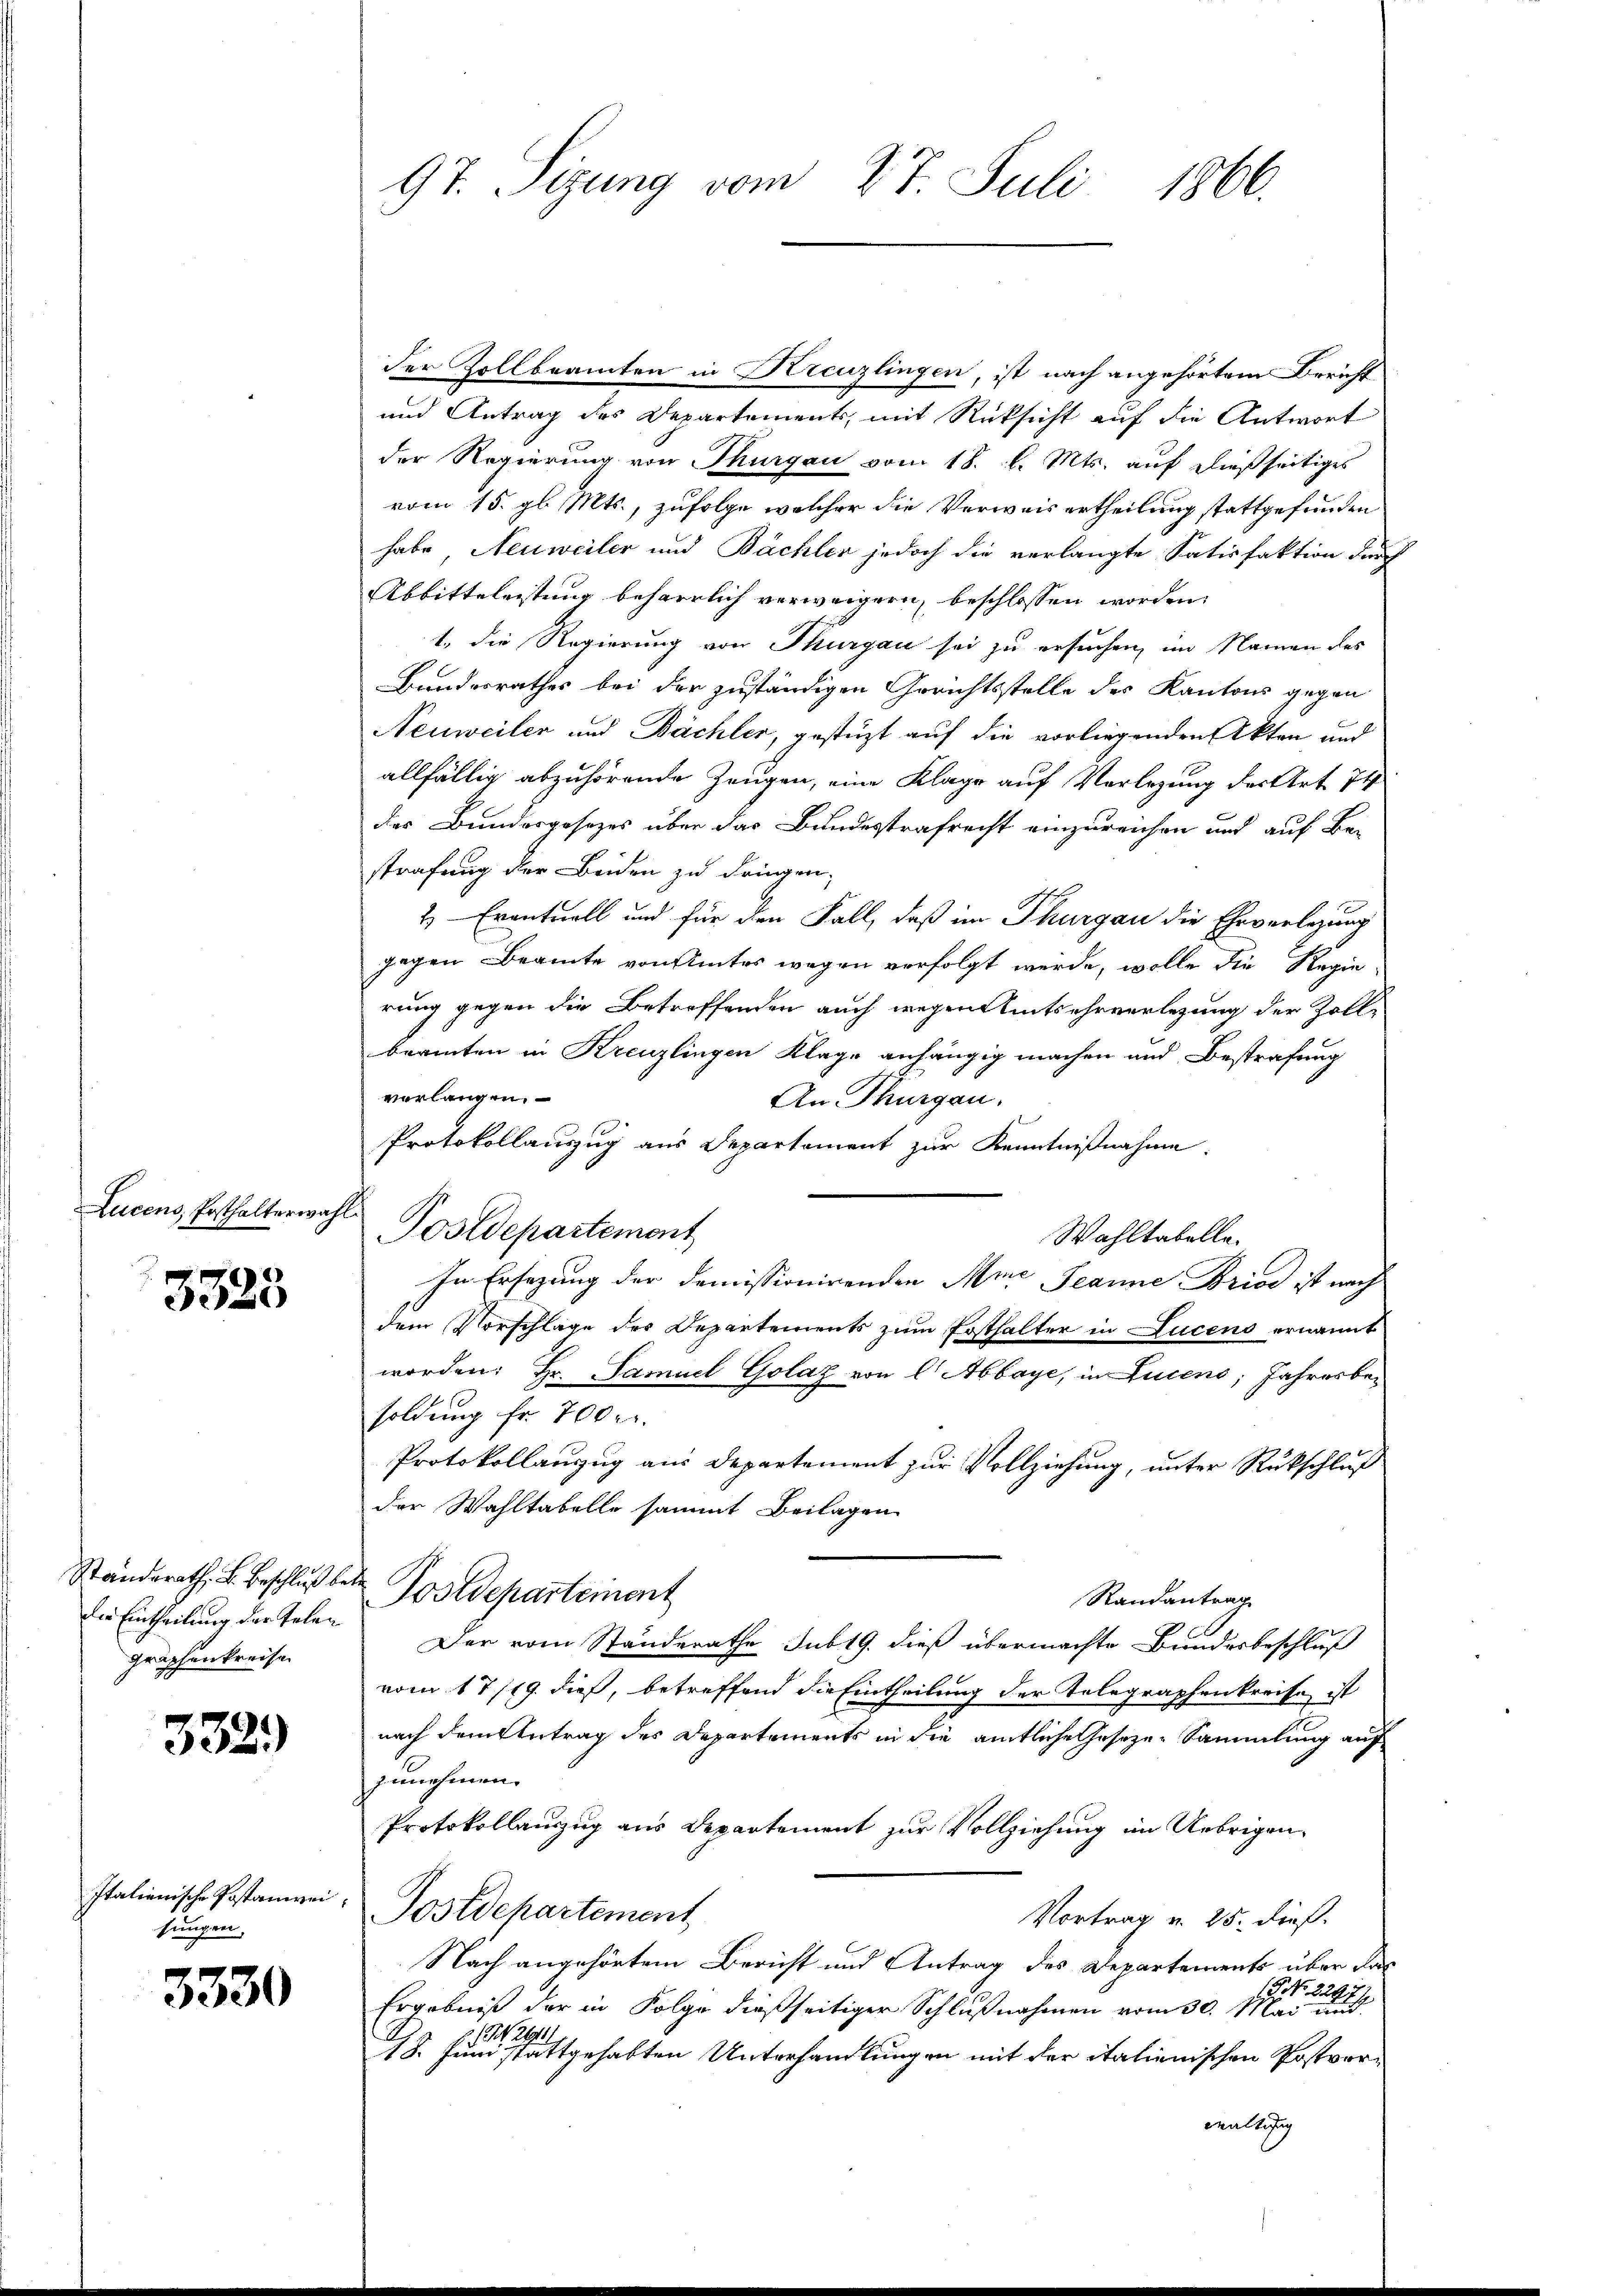
Lucens, Posthalterwahl

3328

Ständerath, B. Beschluß bedie Eintheilung der Telengraphenkreise

332)

Italienische Postanzeisungen.

3330

97. Sizung vom 27. Juli 1866.

der Zollbeamten in Kreuzlingen, ist nach angehörtem Bericht
und Antrag des Departements, mit Rücksicht auf die Antwort
der Regierung von Thurgau vom 18. l. Mts. auf dießseitiges
vom 15. gl. Mts., zufolge welcher die Verwais ertheilung stattgefunden
habe Neuweiler und Bächler jedoch die verlangte Satisfaktion der
Abbitteleistung beharrlich verweigern, beschlossen worden.
t. die Regierung von Thurgau sei zu ersuchen, im Namen des
Bundesrathes bei der zuständigen Gerichtsstelle der Kantons gegen
Neuweiler und Bächler, gestüzt auf die vorliegenden Akten und
allfällig abzuhörende Zeugen, eine Klage auf Verlegung der Art. 74
des Bundesgesezes über das Bundesstrafrecht einzureichen und auf Be-
strafung der Beiden zu dringen,
2.) Eventuell und für den Fall, daß im Thurgau die Ehrverlegung
gegen Beamte von Amtes wegen verfolgt werde, wolle die Regie-
rung gegen die Betreffenden auch wegen Amtsehrverlegung der Zoll-
beamten in Kreuzlingen Klage anhängig machen und Bestrafung
verlangen.
An Thurgau.
Protokollauszug aus Departement zur Kenntnißnahme.
Postdepartemont
Wahltabelle.
In Ersezung der Demissionirenden Ame Jeanne Brios ist nach
dem Vorschlage des Departements zum Ersthalter in Lucens ernannt
worden: Hr. Samuel Golaz von l Abbaye, in Luceno; Jahresbesoldung fr. 700 er
Protokollauszug aus Departement zur Vollziehung, unter Rückschluß
der Wahltabelle sammt Beilagen
Postdepartement
Randantrag
Der vom Standerathe sub 19. dieß übermachte Bundesbeschluß
vom 17/19. dieß, betreffend die Eintheilung der Telegraphenkreise ist
nach dem Antrag des Departements in die amtliche Gesezen Sammlung auf
zunehmen.
Protokollauszug aus Departement zur Vollziehung im Uebrigen¬
Postdepartement
Vortrag u. 25. dieß.
Nach angehörtem Bericht und Antrag des Departements über das
1 No 2297/
Ergebniß der in Folge dießseitiger Schlußnahmen vom 30. Mai und
3 (S. 291
18. Juni stattgehabten Unterhandlungen mit der italienischen Postverwaltung